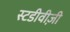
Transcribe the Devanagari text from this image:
स्टडीवीज़ी